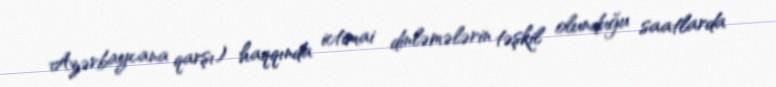
Azərbaycana qarşı) haqqında ictimai dinləmələrin təşkil olunduğu saatlarda